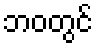
ဘဝတွင်